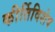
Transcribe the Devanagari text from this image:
कीर्तिविशेष